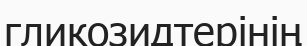
гликозидтерінің